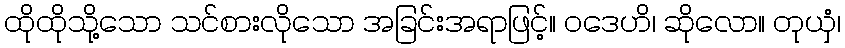
ထိုထိုသို့သော သင်စားလိုသော အခြင်းအရာဖြင့်။ ဝဒေဟိ၊ ဆိုလော။ တုယှံ၊